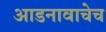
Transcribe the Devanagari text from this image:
आडनावाचेच